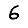
Digit: 6